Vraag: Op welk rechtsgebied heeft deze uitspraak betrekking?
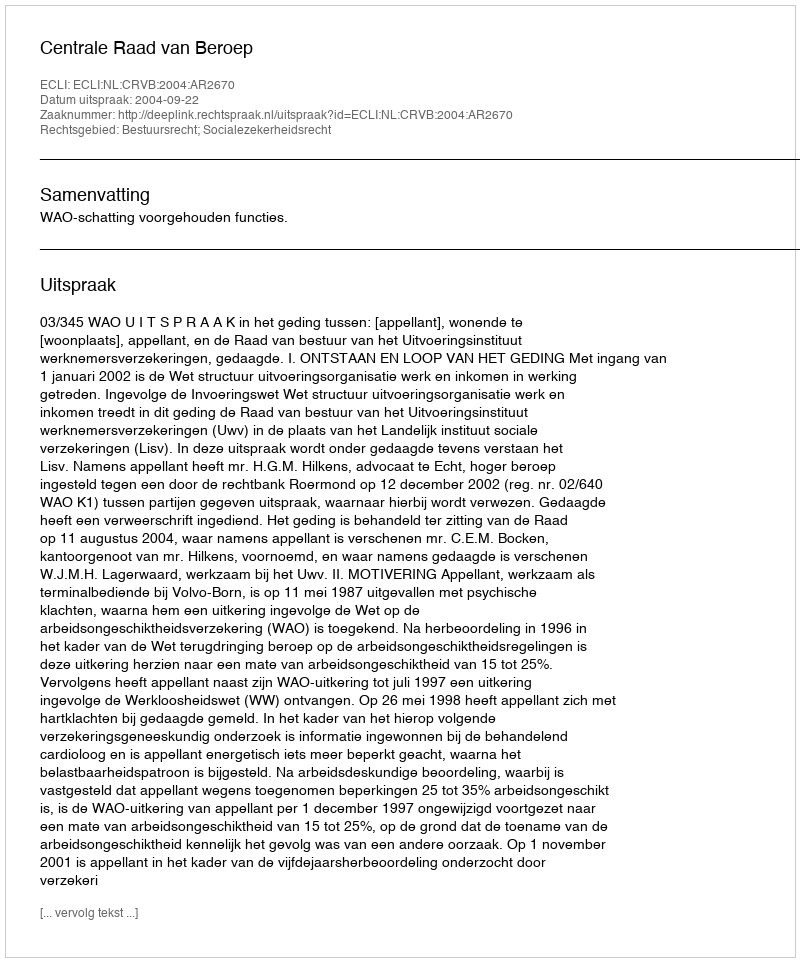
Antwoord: Bestuursrecht; Socialezekerheidsrecht